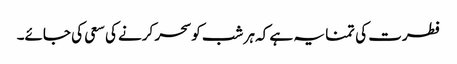
فطرت کی تمنا یہ ہے کہ ہر شب کو سحر کرنے کی سعی کی جائے۔